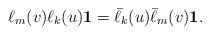
LaTeX: \begin{align*}\ell_m(v)\ell_k(u)\textbf{1}=\bar{\ell}_k(u)\bar{\ell}_m(v)\textbf{1}.\end{align*}